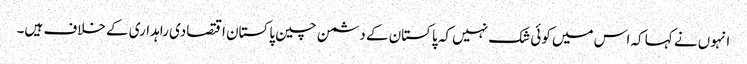
انہوں نے کہا کہ اس میں کوئی شک نہیں کہ پاکستان کے دشمن چین پاکستان اقتصادی راہداری کے خلاف ہیں۔